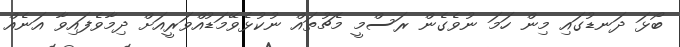
ބޯޅަ ދަނޑުގައި މިން ހަމަ ނުވެގެން ރަސްމީ މެޗުތައް ނުކުޅެވޭމަޑުއްވަރީއަށް ދިމާވެފައިވާ އަނެއް